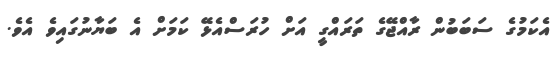
އެކަމުގެ ސަބަބުން ރާއްޖޭގެ ތަރައްގީ އަށް ހުރަސްއެޅޭ ކަމަށް އެ ބަޔާނުގައިވެ އެވެ.